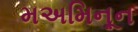
મઅમિનૂન